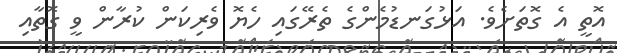
އޮތީ އެ ގޮތަށެވެ. އަޅުގަނޑުމެންގެ ތެރޭގައި ހެޔޮ ވެރިކަން ކުރާން ވީ ގޮތާއި